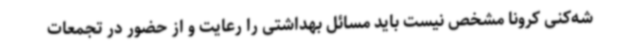
شه‌کنی کرونا مشخص نیست باید مسائل بهداشتی را رعایت و از حضور در تجمعات